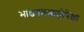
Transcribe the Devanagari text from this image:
भांडवलशाहीपेक्षा